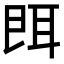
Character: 𦕁